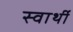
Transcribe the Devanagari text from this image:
स्‍वार्थी